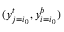
( y _ { j = i _ { 0 } } ^ { t } , y _ { i = i _ { 0 } } ^ { b } )